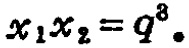
\(x_{1}x_{2}=q^{8}\)